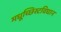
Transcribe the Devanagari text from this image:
मधूच्छिस्टविधान